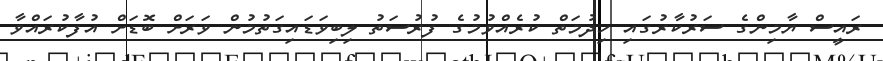
ރައީސް ޔާމިންގެ ސަރުކާރުގައި ހިދުމަތް ކުރެއްވުމުގެ ފުރުސަތު ލިބިވަޑައިގަތުމުން ވަރަށް ބޮޑަށް އުފާކުރައްވާ